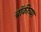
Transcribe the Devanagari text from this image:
ब्रॉकीच्या